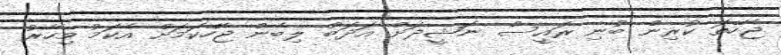
ޖެހޭތަ ކުރިން ބުނި ރައީސް ނަޝީދަށް އަދަބު ލިބެން ޖެހޭކަމަށް އެކަމު މިހާރު